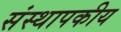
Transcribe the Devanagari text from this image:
संस्थापकीय